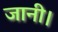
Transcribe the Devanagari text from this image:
जानी।